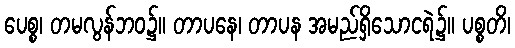
ပေစ္စ၊ တမလွန်ဘဝ၌။ တာပနေ၊ တာပန အမည်ရှိသောငရဲ၌။ ပစ္စတိ၊